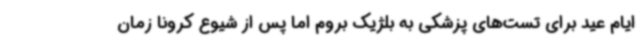
ایام عید برای تست‌های پزشکی به بلژیک بروم اما پس از شیوع کرونا زمان